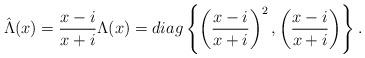
LaTeX: \begin{align*}\hat{\Lambda}(x) = \frac{x - i}{x + i} \Lambda(x) = diag\left\{\left(\frac{x - i}{x + i}\right)^2, \left(\frac{x - i}{x + i}\right)\right\}.\end{align*}